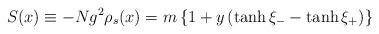
LaTeX: \begin{align*}S(x) \equiv - Ng^{2}\rho_{s}(x) = m \left\{1+y\left(\tanh \xi_{-}-\tanh\xi_{+}\right)\right\}\end{align*}